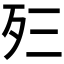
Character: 𰙼